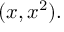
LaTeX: ( x , x ^ { 2 } ) .